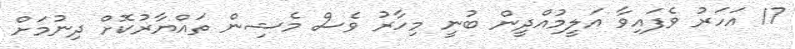
17 އަހަރު ވެފައިވާ އަލީމުއްދީން ބުނީ މިހާރު ވެސް މެޝިން ތައްޔާރުކޮށް ދިނުމަށް